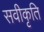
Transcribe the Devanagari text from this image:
सवीकृति